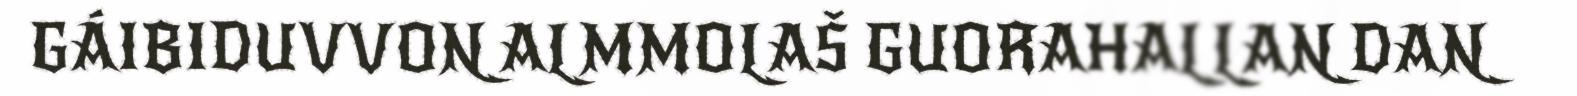
GÁIBIDUVVON ALMMOLAŠ GUORAHALLAN DAN